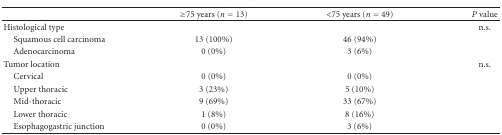
<table><thead><tr><td></td><td><b>≥75 years (<i>n</i> = 13)</b></td><td><b>&lt;75 years (<i>n</i> = 49)</b></td><td><b><i>P</i> value</b></td></tr></thead><tbody><tr><td>Histological type</td><td></td><td></td><td>n.s.</td></tr><tr><td> Squamous cell carcinoma</td><td>13 (100%)</td><td>46 (94%)</td><td></td></tr><tr><td> Adenocarcinoma</td><td>0 (0%)</td><td>3 (6%)</td><td></td></tr><tr><td>Tumor location</td><td></td><td></td><td>n.s.</td></tr><tr><td> Cervical</td><td>0 (0%)</td><td>0 (0%)</td><td></td></tr><tr><td> Upper thoracic</td><td>3 (23%)</td><td>5 (10%)</td><td></td></tr><tr><td> Mid-thoracic</td><td>9 (69%)</td><td>33 (67%)</td><td></td></tr><tr><td> Lower thoracic</td><td>1 (8%)</td><td>8 (16%)</td><td></td></tr><tr><td> Esophagogastric junction</td><td>0 (0%)</td><td>3 (6%)</td><td></td></tr></tbody></table>